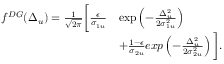
\begin{array} { r l } { f ^ { D G } ( \Delta _ { u } ) = \frac { 1 } { \sqrt { 2 \pi } } \bigg [ \frac { \epsilon } { \sigma _ { 1 u } } } & { \exp \left( - \frac { \Delta _ { u } ^ { 2 } } { 2 \sigma _ { 1 u } ^ { 2 } } \right) } \\ & { + \frac { 1 - \epsilon } { \sigma _ { 2 u } } e x p \left( - \frac { \Delta _ { u } ^ { 2 } } { 2 \sigma _ { 2 u } ^ { 2 } } \right) \bigg ] . } \end{array}